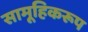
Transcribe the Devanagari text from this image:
सामूहिकरूप